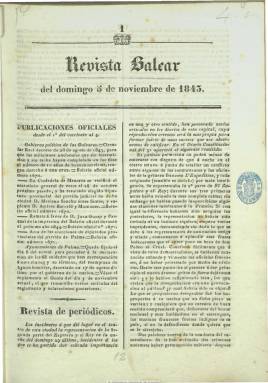
Título: Revista balear (Palma)
Colección: Revistas de información general
Ámbito geográfico: Baleares
Lugar de publicación: Palma [de Mallorca]
Fechas: 05/11/1843-25/08/1844

Publicación semanal que distribuía gratis con el Diario constitucional (1839-1851), de Palma de Mallorca, su editor, Felipe Guasp y Pascual, y que aparece el cinco de noviembre de 1843. Resalta su amplia sección de revista de teatros dedicada principalmente a las obras que se representaban en la capital balear, pero también en otras ciudades, que, aunque no iba firmada, su autoría es atribuida al escritor romántico mallorquí Tomás Aguiló i Fortea (1812-1884), así como sus composiciones poéticas, algunas escritas en lengua vernácula por un entonces joven Marià Aguiló i Fuster (1825-1897), primo del anteriormente citado.

Especialmente reseñable es su número 7, de 17 de diciembre de ese año, dedicado a la mayoría de edad de Isabel II, con textos en verso de Jaume Cabanellas y Pío del Castillo.
Además de este carácter literario, la revista resume y extracta informaciones oficiales del Gobierno político de Palma, de la diputación y del ayuntamiento. También incluye una revista de periódicos, un gacetín con asuntos religiosos, efemérides históricas, observaciones meteorológicas y los precios de los productos agrícolas de los mercados locales, así como un boletín de anuncios, preferentemente dedicado a la reseña de obras bibliográficas y otros impresos.

Aparecía los domingos en números de ocho páginas, a dos columnas. Su colección forma un tomo de 43 números, con un total de 348 páginas, hasta el 25 de agosto de 1844.